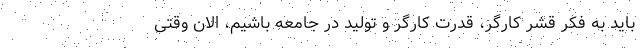
باید به فکر قشر کارگر، قدرت کارگر و تولید در جامعه باشیم، الان وقتی